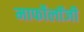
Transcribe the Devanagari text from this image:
मार्फोलॉजी